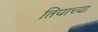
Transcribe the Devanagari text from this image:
तियाच्या